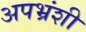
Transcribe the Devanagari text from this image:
अपभ्रंशी